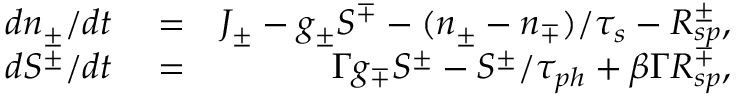
\begin{array} { r l r } { d n _ { \pm } / d t } & { { } = } & { J _ { \pm } - g _ { \pm } S ^ { \mp } - ( n _ { \pm } - n _ { \mp } ) / \tau _ { s } - R _ { s p } ^ { \pm } , } \\ { d S ^ { \pm } / d t } & { { } = } & { \Gamma g _ { \mp } S ^ { \pm } - S ^ { \pm } / \tau _ { p h } + \beta \Gamma R _ { s p } ^ { \mp } , } \end{array}